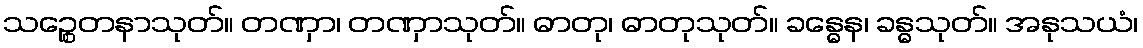
သဉ္စေတနာသုတ်။ တဏှာ၊ တဏှာသုတ်။ ဓာတု၊ ဓာတုသုတ်။ ခန္ဓေန၊ ခန္ဓသုတ်။ အနုသယံ၊